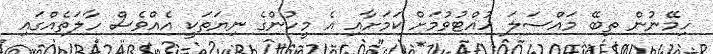
ހިމޭނުން ތިބޭ މައްސަލަ ހުއްޓުވުމަށް ކަމަށާއި އެ މީހުންގެ ނިޔަތަކީ އެއްވެސް ހާލަތެއްގައި